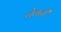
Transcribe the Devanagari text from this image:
चेतनी